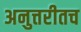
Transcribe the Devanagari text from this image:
अनुत्तरीतच